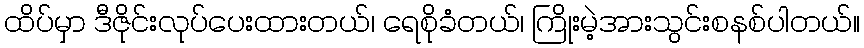
ထိပ်မှာ ဒီဇိုင်းလုပ်ပေးထားတယ်၊ ရေစိုခံတယ်၊ ကြိုးမဲ့အားသွင်းစနစ်ပါတယ်။